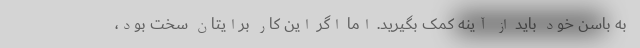
به باسن خود باید از آینه کمک بگیرید. اما اگر این کار برایتان سخت بود،